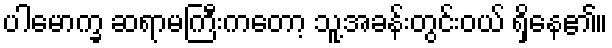
ပါမောက္ခ ဆရာမကြီးကတော့ သူ့အခန်းတွင်းဝယ် ရှိနေ၏။